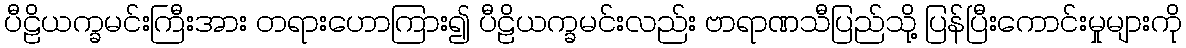
ပီဠိယက္ခမင်းကြီးအား တရားဟောကြား၍ ပီဠိယက္ခမင်းလည်း ဗာရာဏသီပြည်သို့ ပြန်ပြီးကောင်းမှုများကို